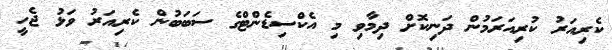
ކެރިއަރު ކުރިއަރަމުން ދަނިކޮށް ދިމާވި މި އެކްސިޑެންޓްގެ ސަބަބުން ކެރިއަރު ވަޅު ޖެހީ